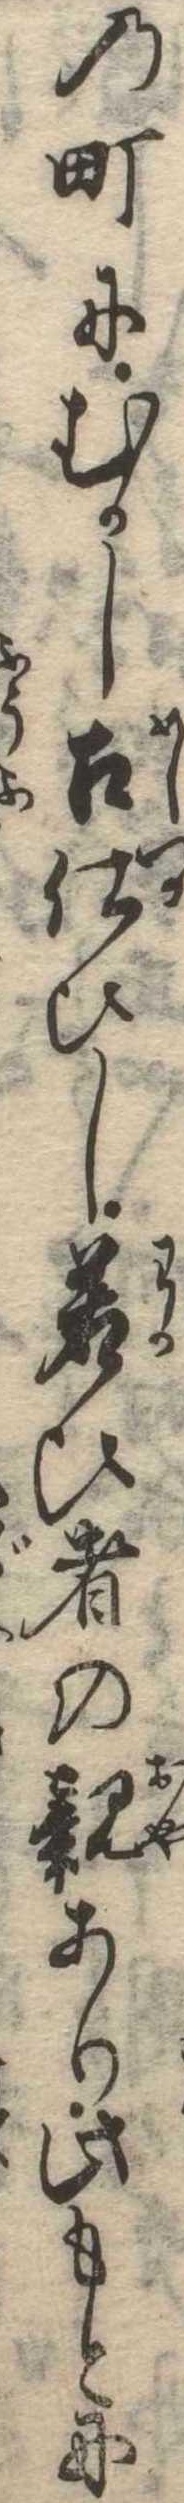
の町にむかし召使ひし若ひ者の親あり此もとに